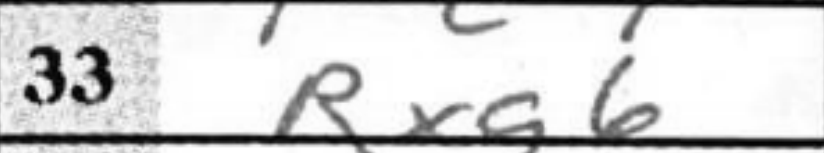
Transcription: Rxg6